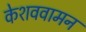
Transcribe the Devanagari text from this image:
केशववामन